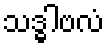
သဒ္ဓါဗလံ